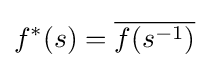
f^{*}(s)={\overline {f(s^{-1})}}